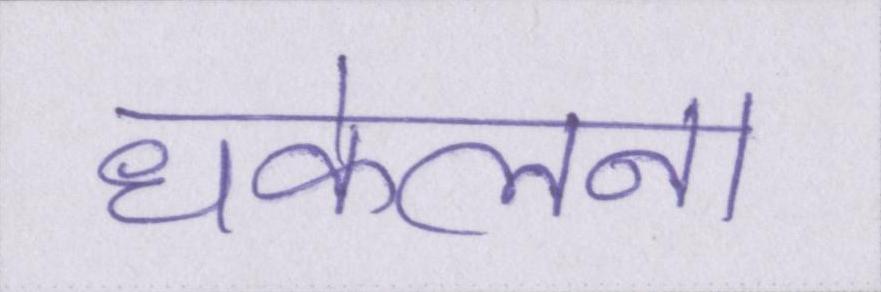
धकेलना